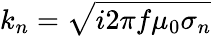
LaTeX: k_{n}=\sqrt{i2\pi f\mu_{0}\sigma_{n}}